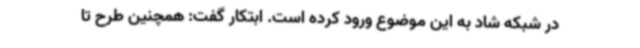
در شبکه شاد به این موضوع ورود کرده است. ابتکار گفت: همچنین طرح تا